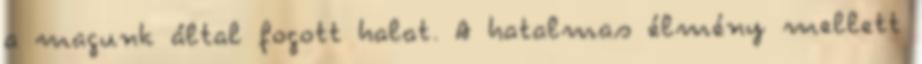
a magunk által fogott halat. A hatalmas élmény mellett